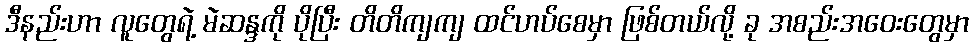
ဒီနည်းဟာ လူတွေရဲ့ မဲဆန္ဒကို ပိုပြီး တိတိကျကျ ထင်ဟပ်စေမှာ ဖြစ်တယ်လို့ ခု အစည်းအဝေးတွေမှာ